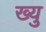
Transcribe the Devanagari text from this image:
ख्यु